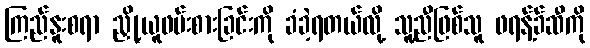
ကြည်နူးစရာ ညှို့ယူဖမ်းစားခြင်းကို ခံခဲ့ရတယ်လို့ သူ့ညီဖြစ်သူ ဖရန့်ခ်ဆီကို